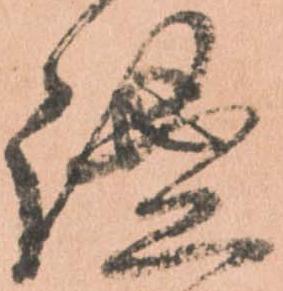
謐